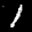
Label: 1